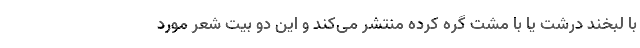
با لبخند درشت یا با مشت گره کرده منتشر می‌کند و این دو بیت شعر مورد